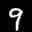
Digit: 9